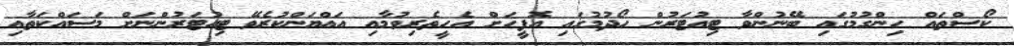
ކޯސްތައް ހިންގުމުގައި ބޭނުންވާ ޓިއުޓަރުން ހޯދުމުގައި އޮފީހަށް އެހީތެރިވުމާއި އައްޔަންކުރެވޭ ޓިއުޓަރުންނަށް މަސައްކަތާއި